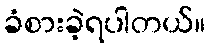
ခံစားခဲ့ရပါတယ်။